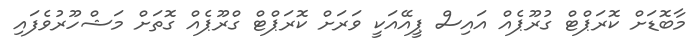
މާބޮޑަށް ކޮރަޕްޓް ގުރޫޕެއް އައިސް ޕީއޭއަކީ ވަރަށް ކޮރަޕްޓް ގްރޫޕެއް ގޮތަށް މަޝްހޫރުވެފައި